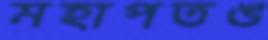
মহাপতঙ